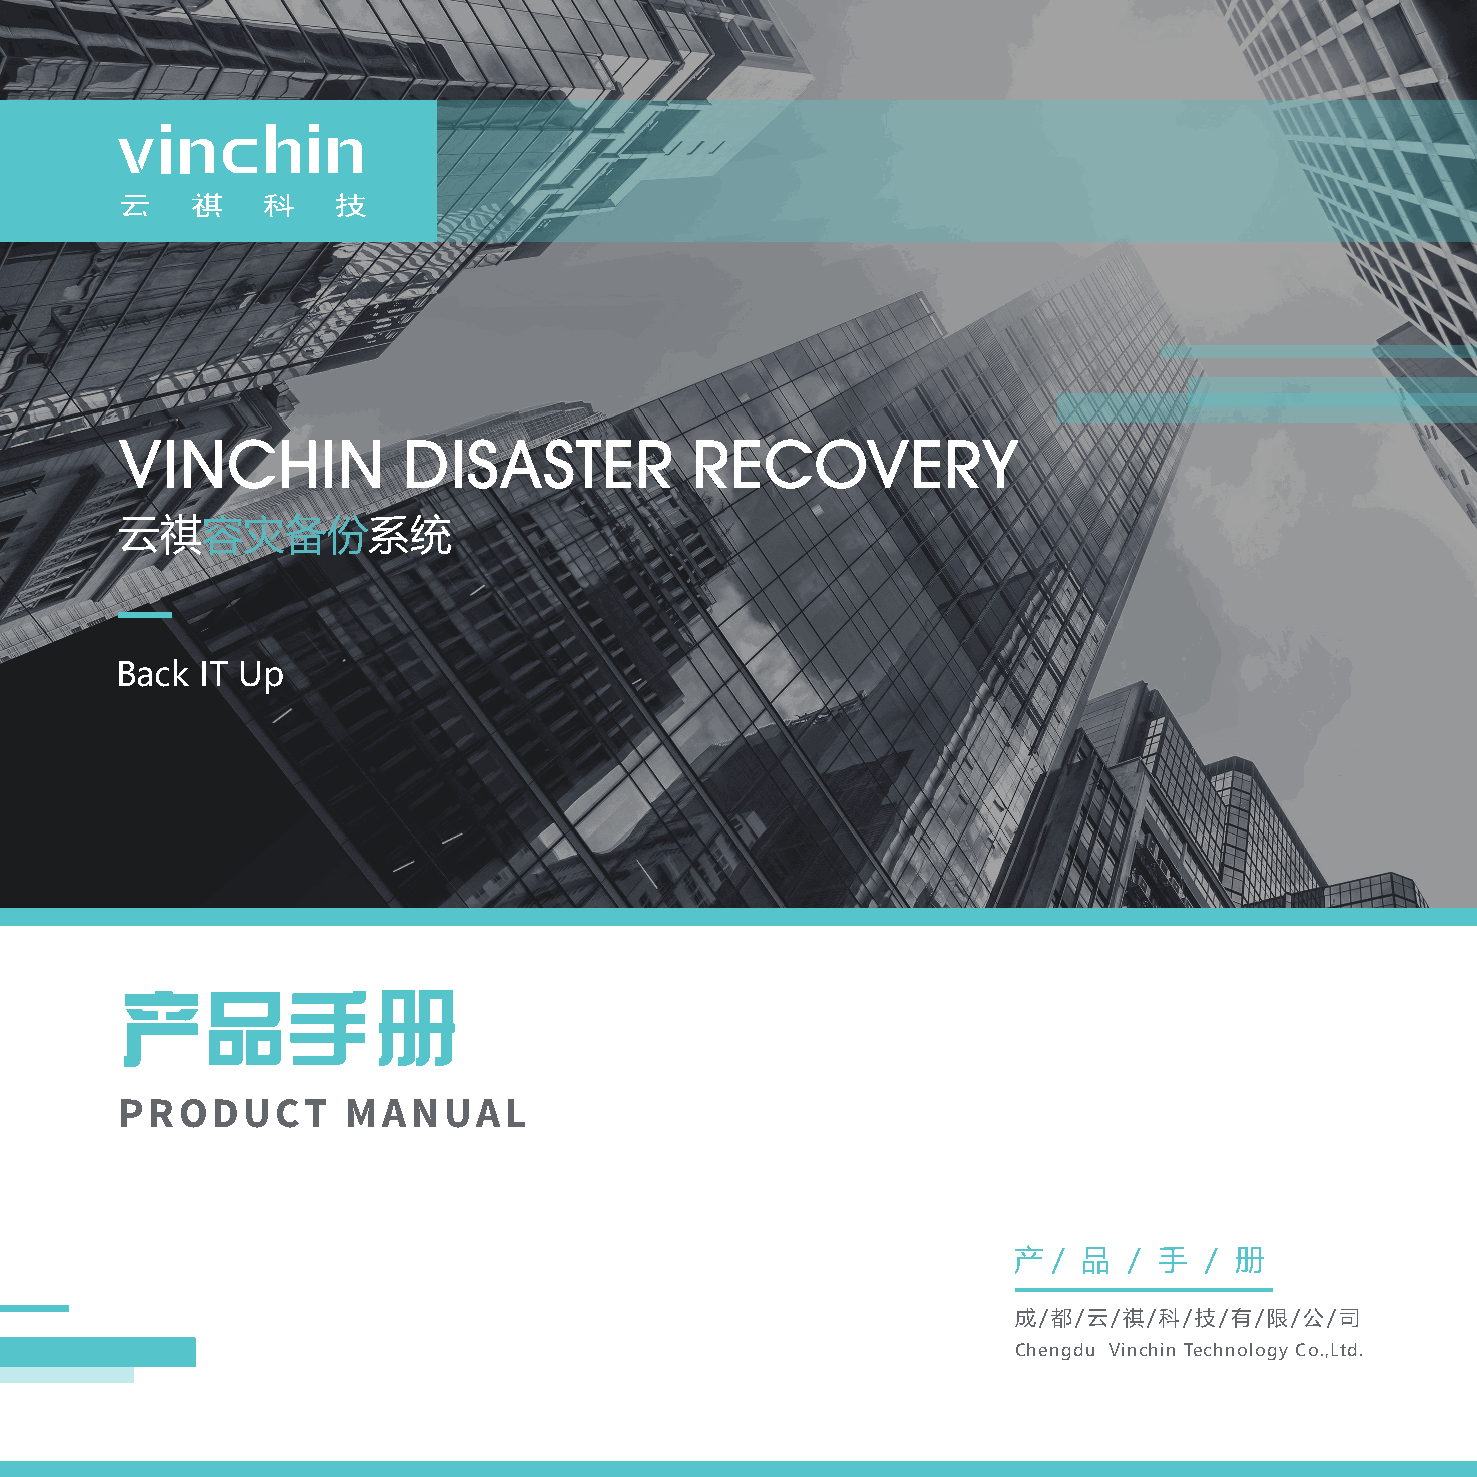
VINCHIN            DISASTER           RECOVERY
 云祺容灾备份系统
 Back IT Up
 云祺产品手册  PRODUCT        MANUAL
 产  / 品  / 手  / 册
 成/都/云/祺/科/技/有/限/公/司
 Chengdu Vinchin Technology Co.,Ltd.